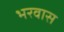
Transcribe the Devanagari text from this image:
भरवास